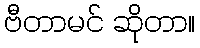
ဗီတာမင် ဆိုတာ။